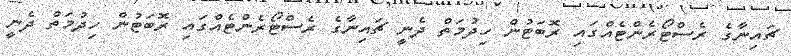
ޗައިނާގެ ރެސްޓޯރެންޓެއްގައި ރޮބަޓުން ހިދުމަތް ދެނީ ޗައިނާގެ ރެސްޓޯރެންޓެއްގައި ރޮބަޓުން ހިދުމަތް ދެނީ